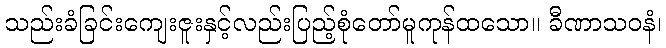
သည်းခံခြင်းကျေးဇူးနှင့်လည်းပြည့်စုံတော်မူကုန်ထသော။ ခီဏာသဝနံ၊